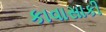
કાવાસાકી